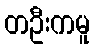
တဦးကမူ